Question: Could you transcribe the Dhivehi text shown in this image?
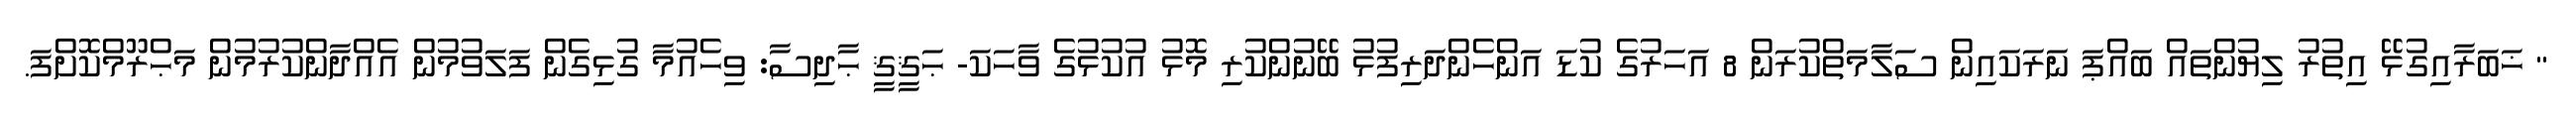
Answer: " ޚަބަރާއިގުޅޭ އިތުރު ލިޔުންތައް ބައްޕަ ނަރަކައިން ސަލާމަތްކުރަން 8 އަހަރުގެ ކުޑަ އަންހެންދަރިފުޅު ބޭނުންކުރި މޮޅު އުކުޅުގެ ވާހަކަ- ޙަޤީޤީ ޙާދިސާ: ވިހެއުމާ ގުޅިގެން ފަލަވުމުން އެއްދާންކުރުމުން މަޙްރޫމްކޮށްފަ.